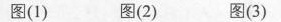
图(1) 图(2) 图(3)